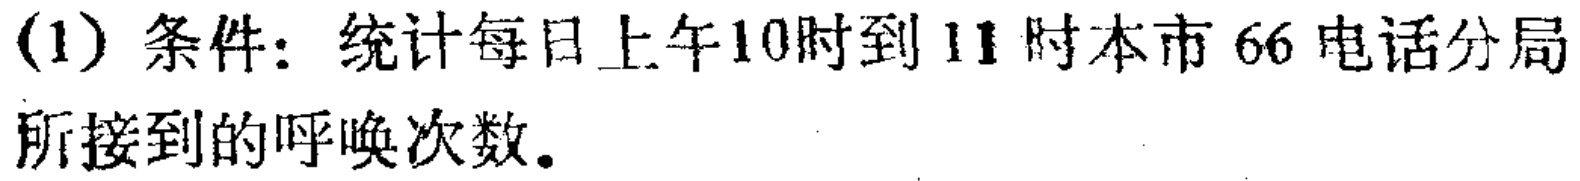
(1) 条件：统计每日上午10时到11时本市66电话分局所接到的呼唤次数。